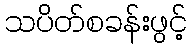
သပိတ်စခန်းဖွင့်